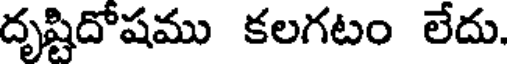
దృష్టిదోషము కలగటం లేదు.